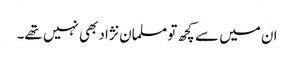
ان میں سے کچھ تو مسلمان نژاد بھی نہیں تھے۔